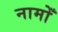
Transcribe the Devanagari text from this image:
नामोँ